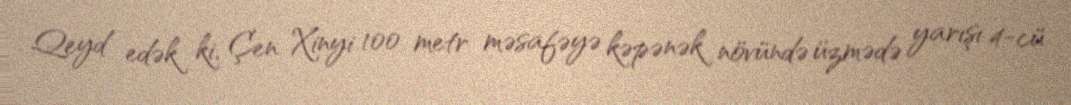
Qeyd edək ki, Çen Xinyi 100 metr məsafəyə kəpənək növündə üzmədə yarışı 4-cü